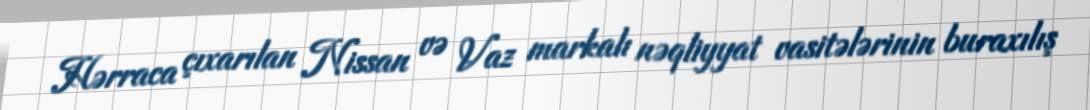
Hərraca çıxarılan Nissan və Vaz markalı nəqliyyat vasitələrinin buraxılış